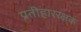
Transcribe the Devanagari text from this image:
प्रतीहाररक्षक